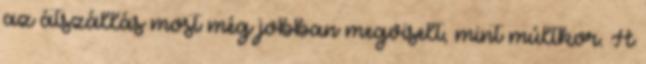
az átszállás most még jobban megviselt, mint múltkor. A